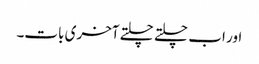
اور اب چلتے چلتے آخری بات۔